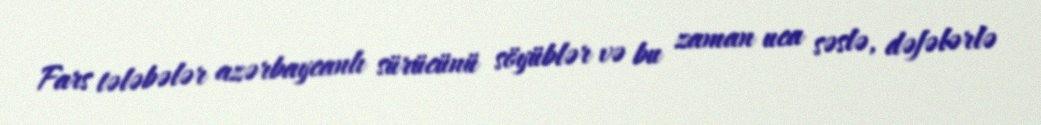
Fars tələbələr azərbaycanlı sürücünü söyüblər və bu zaman uca səslə, dəfələrlə